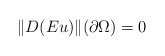
\begin{align*}\Vert D(Eu)\Vert(\partial \Omega)=0\end{align*}